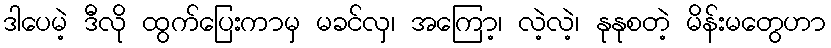
ဒါပေမဲ့ ဒီလို ထွက်ပြေးကာမှ မခင်လှ၊ အကြော့၊ လဲ့လဲ့၊ နုနုစတဲ့ မိန်းမတွေဟာ